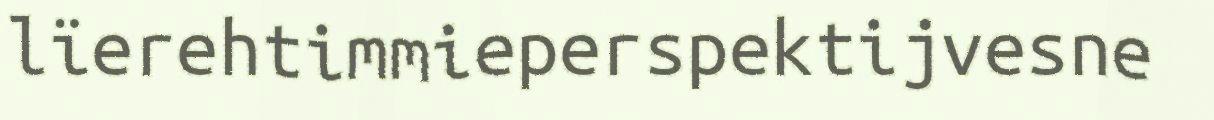
lïerehtimmieperspektijvesne